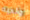
ولديه